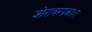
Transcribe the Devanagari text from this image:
जोरावरप्रकाश